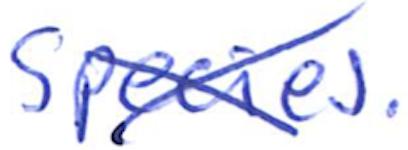
Text: species.
Cross-out: mix
Writing tool: ballpoint